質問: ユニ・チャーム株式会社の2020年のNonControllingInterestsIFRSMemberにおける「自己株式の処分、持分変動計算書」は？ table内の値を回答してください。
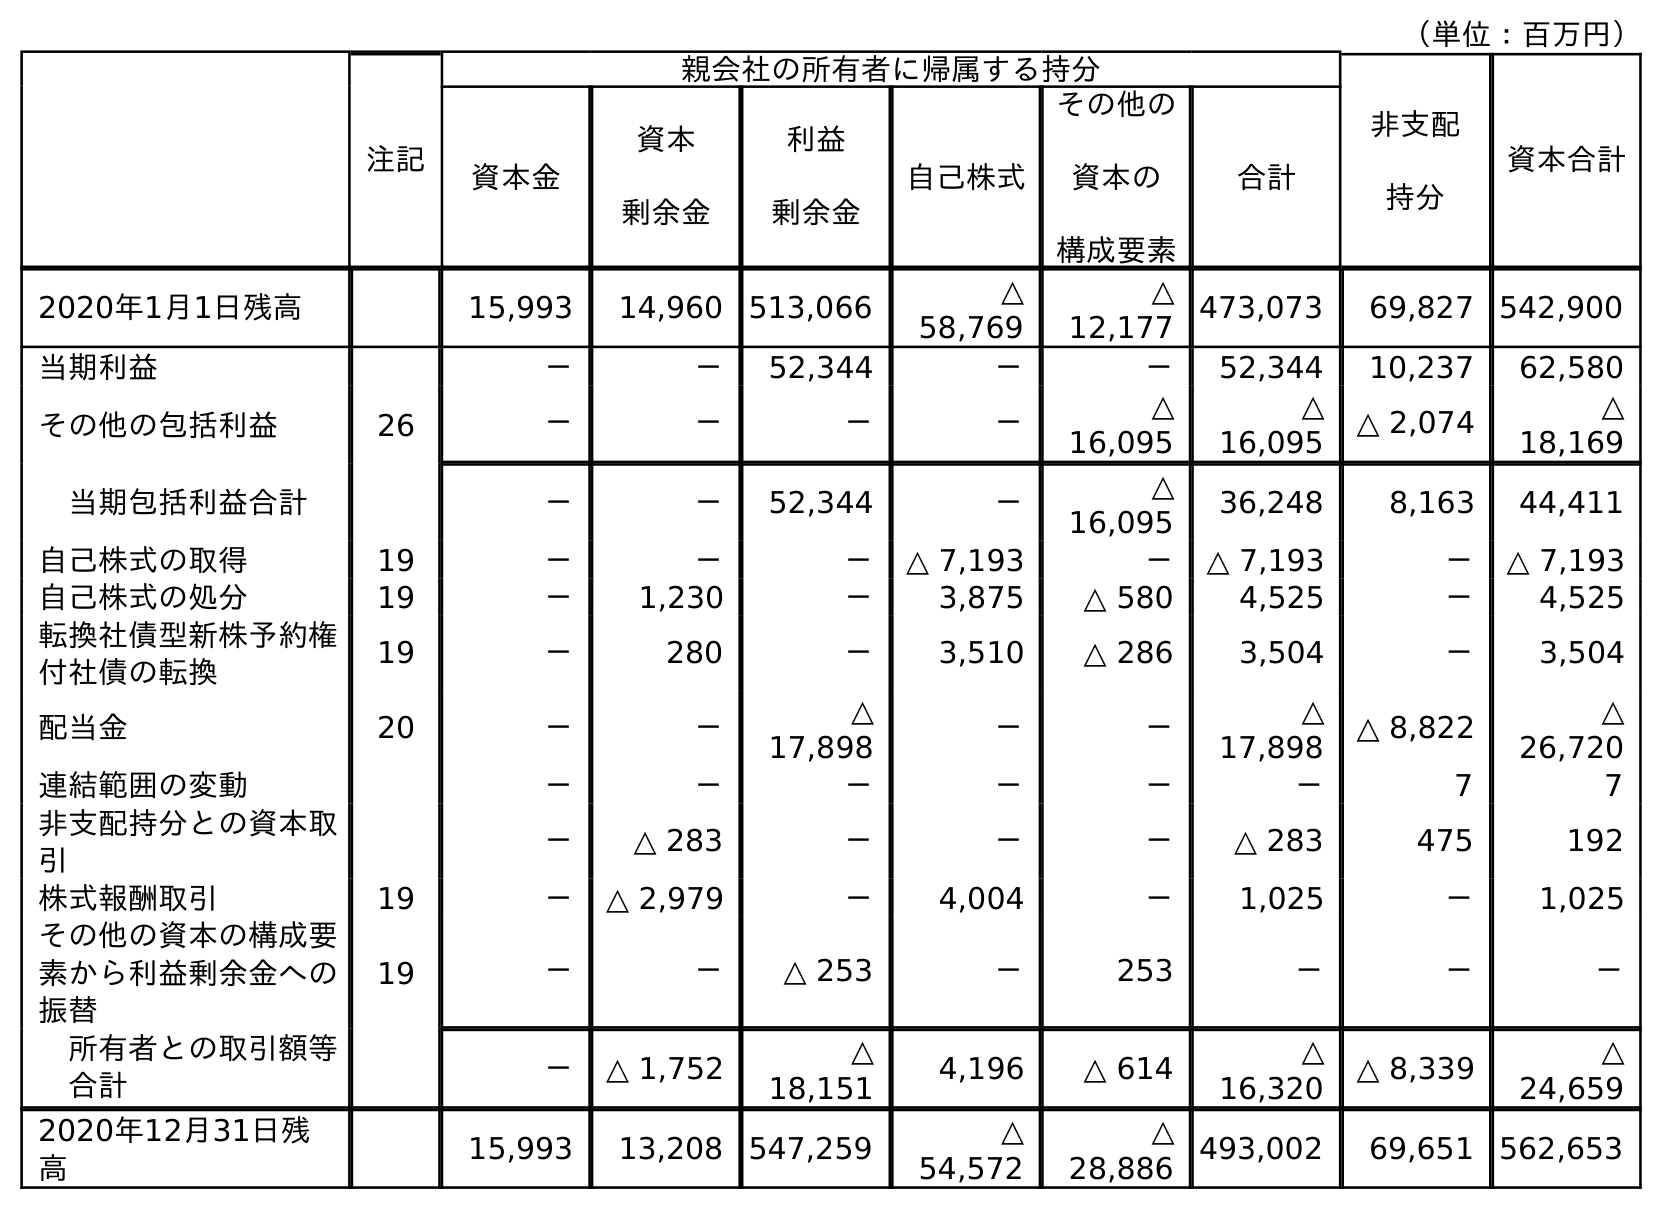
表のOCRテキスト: （単位：百万円） 注記 親会社の所有者に帰属する持分 非支配 持分 資本合計 資本金 資本 剰余金 利益 剰余金 自己株式 その他の 資本の 構成要素 合計 2020年1月1日残高 15,993 14,960 513,066 △ 58,769 △ 12,177 473,073 69,827 542,900 当期利益 － － 52,344 － － 52,344 10,237 62,580 その他の包括利益 26 － － － － △ 16,095 △ 16,095 △ 2,074 △ 18,169 当期包括利益合計 － － 52,344 － △ 16,095 36,248 8,163 44,411 自己株式の取得 19 － － － △ 7,193 － △ 7,193 － △ 7,193 自己株式の処分 19 － 1,230 － 3,875 △ 580 4,525 － 4,525 転換社債型新株予約権 付社債の転換 19 － 280 － 3,510 △ 286 3,504 － 3,504 配当金 20 － － △ 17,898 － － △ 17,898 △ 8,822 △ 26,720 連結範囲の変動 － － － － － － 7 7 非支配持分との資本取 引 － △ 283 － － － △ 283 475 192 株式報酬取引 19 － △ 2,979 － 4,004 － 1,025 － 1,025 その他の資本の構成要 素から利益剰余金への 振替 19 － － △ 253 － 253 － － － 所有者との取引額等 合計 － △ 1,752 △ 18,151 4,196 △ 614 △ 16,320 △ 8,339 △ 24,659 2020年12月31日残 高 15,993 13,208 547,259 △ 54,572 △ 28,886 493,002 69,651 562,653
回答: －